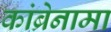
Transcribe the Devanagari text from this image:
कांब्रेनामा